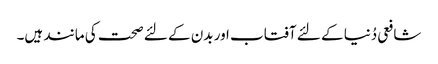
شافعی دُنیا کے لئے آفتاب اور بدن کے لئے صحت کی مانند ہیں۔